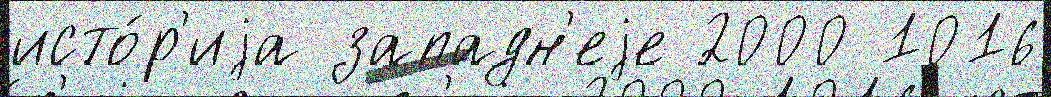
исто́р'иjа западн'еjе 2000 1016